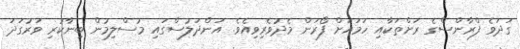
ގަދަވެ ފްރާންސްގެ ރަށްތަކާއި ހަމައަށް ފޯރަން މެދުވެރިވިއެވެ. އަންދަލުސްގައި މުސްލިމުން ބިނާކުރި ވަރުގަދަ